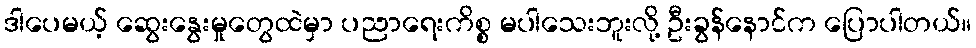
ဒါပေမယ့် ဆွေးနွေးမှုတွေထဲမှာ ပညာရေးကိစ္စ မပါသေးဘူးလို့ ဦးခွန်နောင်က ပြောပါတယ်။